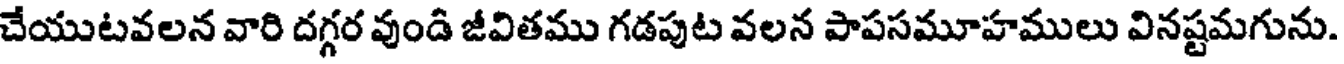
చేయుటవలన వారి దగ్గర వుండి జీవితము గడపుట వలన పాపసమూహములు వినష్టమగును.